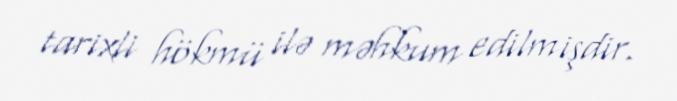
tarixli hökmü ilə məhkum edilmişdir.